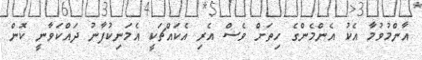
އާންމުވުމާ އެކު އެންމެންގެ ހިތަށް ވެސް އެރި އެކައްޗަކީ އެމަނިކުފާނު ދައްކަވާނީ ކޮން